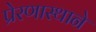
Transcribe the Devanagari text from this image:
प्रेरणास्थाने